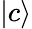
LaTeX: {\left|{c}\right\rangle}